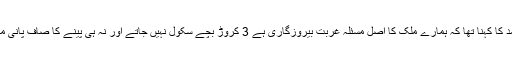
جواد احمد کا کہنا تھا کہ ہمارے ملک کا اصل مسئلہ غربت بیروزگاری ہے 3 کروڑ بچے سکول نہیں جاتے اور نہ ہی پینے کا صاف پانی میسر ہے۔